Vaccination United Provinces of Agra and Oudh 1914-1922 - 1914-1922
Year: 1914
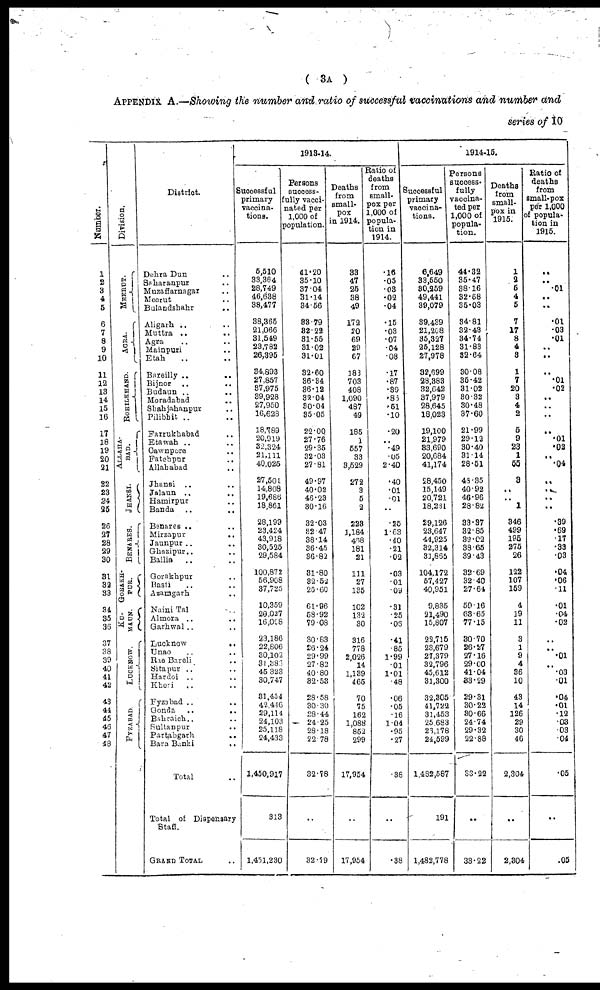
( 3A )
APPENDIX A.—Showing the number and ratio of successful vaccinations and number and
series of 10
Number.
1
2
3
4
5
6
7
8
9
10
11
12
13
14
15
16
17
18
19
20
21
22
23
24
35
26
27
28
29
30
31
32
33
34
35
36
37
38
39
40
41
42
43
44
45
46
47
48
Division.
MEERUT.
AGRA.
ROHILKHAND.
ALLAHA¬
---.
JHANSI.
BENARES .
GORAKH¬
PUR.
KU_
MAUN.
LUCKNOW.
FYZABAD
District.
Dehra Dun ..
Saharanpur ..
Muzaffarnagar ..
Meerut ..
Bulandshahr ..
Aligarh .. ..
Muttra ..
..
Agra .. ..
Mainpuri .. ..
Etah .. ..
Bareilly ..
..
Bijnor ..
..
Budaun ..
..
Moradabad .. ..
Shahjahanpur ..
Pilibhit .. ..
Farrukhabad ..
Etawah .. ..
Cawnpore
.. ..
Fatehpur
..
Allahabad ..
Jhansi ..
Jalaun ..
..
Hamirpur
..
Banda ..
..
Benares ..
..
Mirzapur
.. ..
Jaunpur ..
..
Ghazipur.. ..
Ballia
.. ..
Gorakhpur
.. ..
Basti .. ..
Azamgarh
..
Naini Tal ..
Almora ..
..
Garhwal .. ..
Lucknow
..
Unao .. ..
Rae Bareli
..
Sitapur .. ..
Hardoi .. ..
Kheri
..
..
Fyzabad .. ..
Gonda .. ..
Bahraich .. ..
Sultanpur .. ..
Partabgarh .. ..
Bara Banki
..
Total ..
Total of Dispensary
Staff.
GRAND TOTAL ..
1913-14.
Successful
primary
vaccina¬
tions.
5,510
33,364
28,749
46,638
38,477
38,365
21,066
31,549
23,782
26,395
34,893
27,857
37,975
39,928
27,950
16,628
18,789
20,919
32,324
21,111
40,025
27,501
14,808
19,686
18,861
28,199
23,424
43,918
30,525
29,584
100,872
56,908
37,725
10,359
29,027
16,068
23,186
22,806
30,102
31,386
45,323
30,747
31,454
42,446
29,114
24,103
25,118
24,433
1,450,917
313
1,451,230
Persons
success¬
fully vacci¬
nated per
1,000 of
population.
41.20
35.10
37.04
31.14
34.56
83.79
32.22
31.55
31.02
31.01
32.60
36.34
36.12
32.04
30.04
35.05
22.00
27.76
29.35
32.03
27.81
49.97
40.02
46.23
30.16
32.03
32.47
38.14
36.45
36.82
31.80
32.52
25.60
61.96
58.92
79.08
30.83
26.24
29.99
27.82
40.80
32.53
28.58
30.30
28.44
24.25
28.18
22.78
32.78
..
32.79
Deaths
from
small¬
pox
in 1914.
33
47
25
38
49
172
20
69
29
67
183
703
408
1,090
487
49
185
1
557
33
3,529
272
3
5
2
223
1,184
468
181
21
111
27
135
102
132
30
316
778
2,026
14
1,139
465
70
75
162
1,088
852
299
17,954
..
17,954
Ratio of
deaths
from
small-
pox per
1,000 of
popula-
tion in
1914.
.16
.05
.03
.02
.04
.15
.03
.07
.04
.08
.17
.87
.39
.86
.51
.10
.20
.. .49
.05
2.40
.40
.01
.01
..
.25
1.63
.40
.21
0.2
.03
.01
.09
.31
.25
.06
.41
.85
1.99
.01
1.01
.48
.06
.05
.16
1.04
.95
.27
.38
..
.38
1914-15.
Successful
primary
vaccina-
tions.
6,649
33,550
30,259
49,441
39,079
39,439
21,208
35,327
25,128
27,978
32,699
28,383
32,642
37,979
28,645
18,023
19,100
21,979
33,690
20,684
41,174
28,450
15,149
20,721
18,231
29,126
23,647
44,925
32,314
31,865
104,172
57,427
40,951
9,835
21,490
15,807
22,715
23,679
27,379
32,796
45,612
31,300
32,305
41,722
31,453
25,683
26,178
24,599
1,482,587
191
1,482,778
Persons
success-
fully
vaccina¬
ted per
1,000 of
popula-
tion.
44.32
35.47
38.16
32.68
35.03
34.81
32.43
34.74
31.83
32.64
30.08
35.42
31.02
80.32
30.48
37.60
21.99
29.12
30.40
31.14
28.51
48.35
40.92
46.96
28.82
33.37
32.85
39.02
38.65
39.43
32.69
32.40
27.64
59.16
63.65
77.15
30.70
26.27
27.16
29.00
41.04
33.29
29.31
30.22
30.66
24.74
29.32
22.88
33.22
..
33.22
Deaths
from
small¬
pox in
1915.
1
2
5
4
5
7
17
8
4
3
1
7
20
3
4
2
5
9
23
1
55
3
..
..
1
346
499
195
275
26
122
107
159
4
19
11
3
1
9
4
36
10
43
14
126
29
30
46
2,304
..
2,304
Ratio of
deaths
from
small-pox
per 1,000
of popula-
tion in
1915.
..
..
.01
..
..
.01
.03
.01
..
..
..
.01
.02
..
..
..
..
.01
.02
..
.04
..
..
..
..
.39
.69
17
.33
.03
.04
.06
.11
.01
.04
.02
..
.. .01
.. .03
.01
.04
.01
.12
.03
.03
.04
.05
..
.05